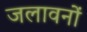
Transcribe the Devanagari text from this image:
जलावनों